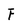
Character: F